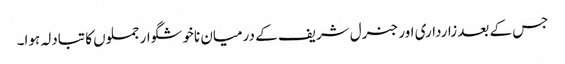
جس کے بعد زارداری اور جنرل شریف کے درمیان ناخوشگوار جملوں کا تبادلہ ہوا۔